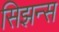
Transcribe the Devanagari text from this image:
सिझन्स